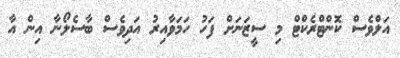
އަލްވެސް ކޮންޓްރެކްޓް މި ސީޒަނަށް ފަހު ހަމަވާއިރު އަދިވެސް ބާސެލޯނާ އިން އާ